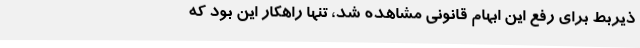
ذیربط برای رفع این ابهام قانونی مشاهده شد، تنها راهکار این بود که